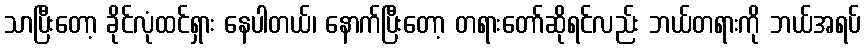
သာပြီးတော့ ခိုင်လုံထင်ရှား နေပါတယ်၊ နောက်ပြီးတော့ တရားတော်ဆိုရင်လည်း ဘယ်တရားကို ဘယ်အရပ်